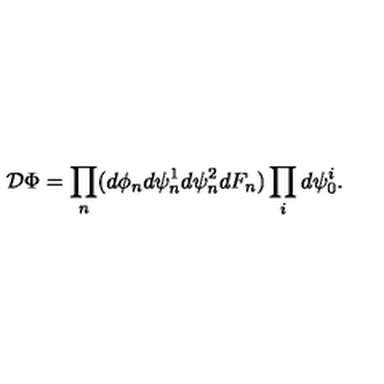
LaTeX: { \cal D } \Phi = \prod _ { n } ( d \phi _ { n } d \psi _ { n } ^ { 1 } d \psi _ { n } ^ { 2 } d F _ { n } ) \prod _ { i } d \psi _ { 0 } ^ { i } .